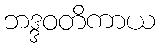
ဘဒ္ဒဝတိကာယ